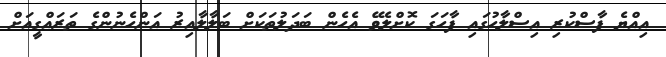
އިއްޔެ ފާސްކުރި އިސްލާހުގައި ފާހަގަ ކޮށްލެވޭ އެހެން ބަދަލުތަކަށް ބަލާލާއިރު އަންހެނުންގެ ތަރައްގީއަށް